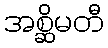
အစ္ဆိမတီ